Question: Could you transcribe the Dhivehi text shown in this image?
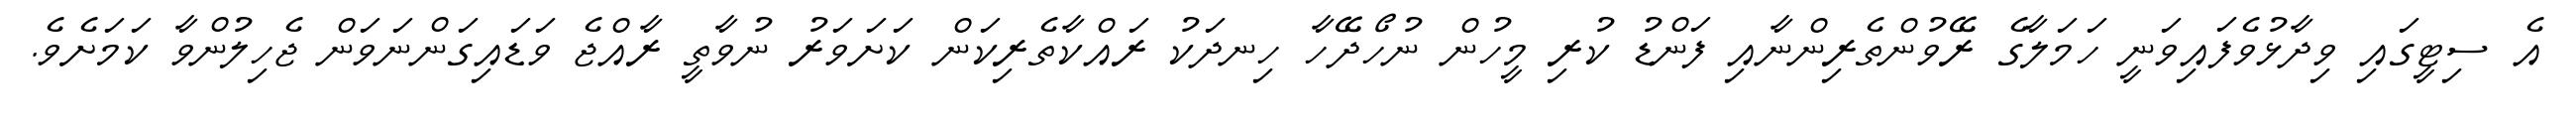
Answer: އެ ސިޓީގައި ވިދާޅުވެފައިވަނީ ހަމަލާގެ ރޭވުންތެރިންނާއި ފަންޑު ކުރި މީހުން ނުހޯދޭހާ ހިނދަކު ރައްކާތެރިކަން ކަށަވަރު ނުވާތީ ރާއްޖެ ވަޑައިގަންނަވަން ޖެހިލުންވާ ކަމަށެވެ.